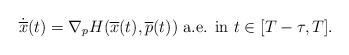
LaTeX: \begin{align*}\dot{\overline{x}}(t)=\nabla_p H (\overline{x}(t),\overline{p}(t)) \mbox{ a.e. in } t \in [T-\tau,T].\end{align*}